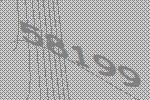
58199